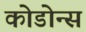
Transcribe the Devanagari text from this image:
कोडोन्स